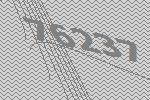
76237